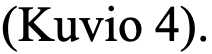
(Kuvio 4).